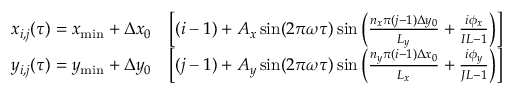
\begin{array} { r l } { x _ { i , j } ( \tau ) = x _ { \operatorname* { m i n } } + \Delta x _ { 0 } } & { \left[ ( i - 1 ) + A _ { x } \sin ( 2 \pi \omega \tau ) \sin \left( \frac { n _ { x } \pi ( j - 1 ) \Delta y _ { 0 } } { L _ { y } } + \frac { i \phi _ { x } } { I L - 1 } \right) \right] } \\ { y _ { i , j } ( \tau ) = y _ { \operatorname* { m i n } } + \Delta y _ { 0 } } & { \left[ ( j - 1 ) + A _ { y } \sin ( 2 \pi \omega \tau ) \sin \left( \frac { n _ { y } \pi ( i - 1 ) \Delta x _ { 0 } } { L _ { x } } + \frac { i \phi _ { y } } { J L - 1 } \right) \right] } \end{array}